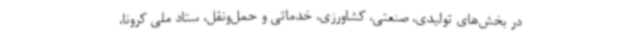
در بخش‌های تولیدی، صنعتی، کشاورزی، خدماتی و حمل‌ونقل، ستاد ملی کرونا،